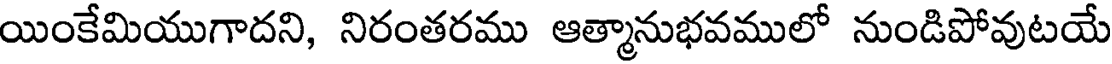
యింకేమియుగాదని, నిరంతరము ఆత్మానుభవములో నుండిపోవుటయే